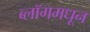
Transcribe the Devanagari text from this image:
ब्लॉगमधून